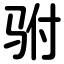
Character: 驸